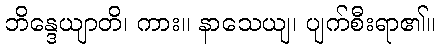
ဘိန္ဒေယျာတိ၊ ကား။ နာသေယျ၊ ပျက်စီးရာ၏။